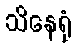
သိနေရုံ